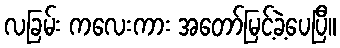
လခြမ်း ကလေးကား အတော်မြင့်ခဲ့ပေပြီ။